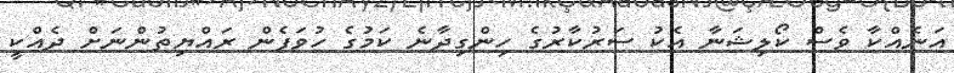
އަނެއްކާ ވެސް ކޯލިޝަނާ އެކު ސަރުކާރުގެ ހިންގިދާނެ ކަމުގެ ހުވަފެން ރައްޔިތުންނަށް ދެއްކީ